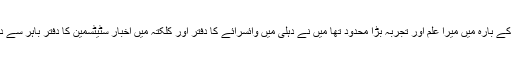
ان دنوں دفاتر کے بارہ میں میرا علم اور تجربہ بڑا محدود تھا میں نے دہلی میں وائسرائے کا دفتر اور کلکتہ میں اخبار سٹیٹسمین کا دفتر باہر سے دیکھ رکھا تھا۔